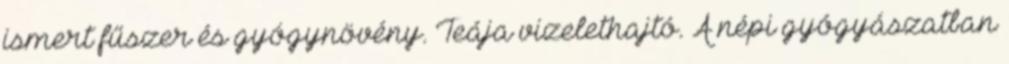
ismert fűszer és gyógynövény. Teája vizelethajtó. A népi gyógyászatban